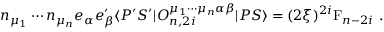
n _ { \mu _ { 1 } } \cdots n _ { \mu _ { n } } e _ { \alpha } e _ { \beta } ^ { \prime } \langle P ^ { \prime } S ^ { \prime } | { \cal O } _ { n , 2 i } ^ { \mu _ { 1 } \cdots \mu _ { n } \alpha \beta } | P S \rangle = ( 2 \xi ) ^ { 2 i } \mathrm { F } _ { n - 2 i } \ .